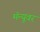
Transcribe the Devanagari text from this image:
मॅन्यूवर